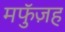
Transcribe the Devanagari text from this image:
मफुॅज़ह